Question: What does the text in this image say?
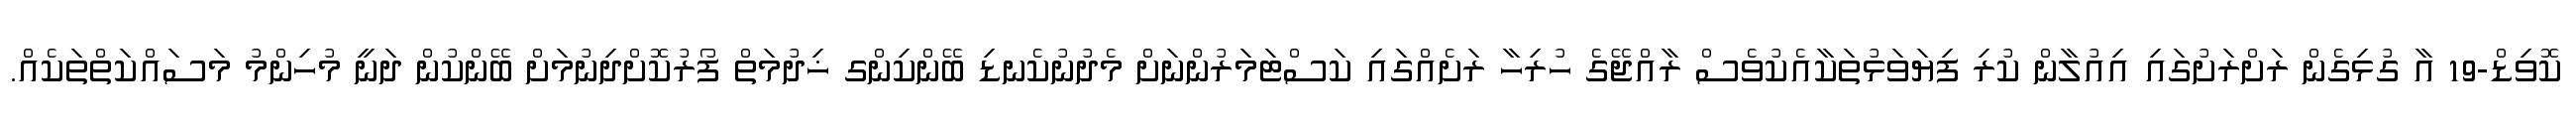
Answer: ކޮވިޑް-19 އާ ގުޅިގެން ރަށްރަށުގައި އިއުލާން ކުރި ފިޔަވަޅުތަކާއެކުވެސް ރާއްޖޭގެ ހުރިހާ ރަށެއްގައި ކަސްޓަމަރުންނަށް މެދުނުކެނޑި ބޭންކިންގ ޚިދުމަތް ފޯރުކޮށްދިނުމަށް ބޭންކުން ދަނީ މުހިންމު މަސައްކަތްތަކެއް.